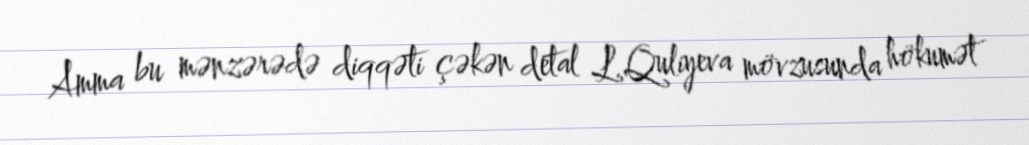
Amma bu mənzərədə diqqəti çəkən detal L.Quliyeva mövzusunda hökumət